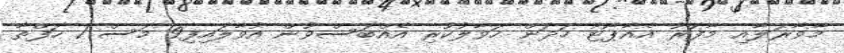
މާވާރަލާއި މާފަރު އެއާޕޯޓު ހަދަން ހަވާލުކުރި އެއްބަސްވުން އުވާލައިފި9 މަސް 1 ހަފްތާ